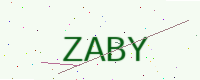
Text: ZABY